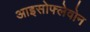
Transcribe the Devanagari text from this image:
आइसोफ्लेवोन